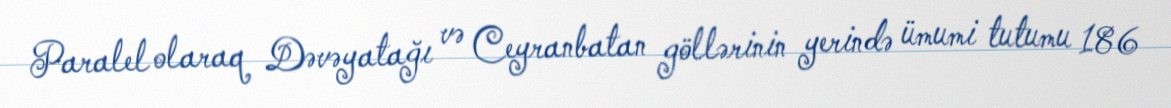
Paralel olaraq Dəvəyatağı və Ceyranbatan göllərinin yerində ümumi tutumu 186